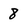
Character: 8